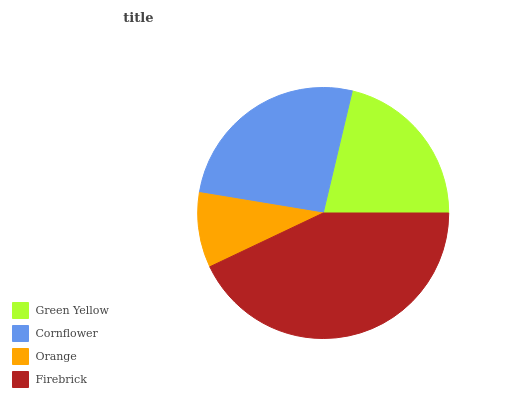
| Green Yellow | Cornflower | Orange | Firebrick |
 | --- | --- | --- | --- |
 | 21.3% | 26.1% | 9.64% | 43% |